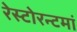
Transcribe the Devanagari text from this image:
रेस्‍टोरन्टमां